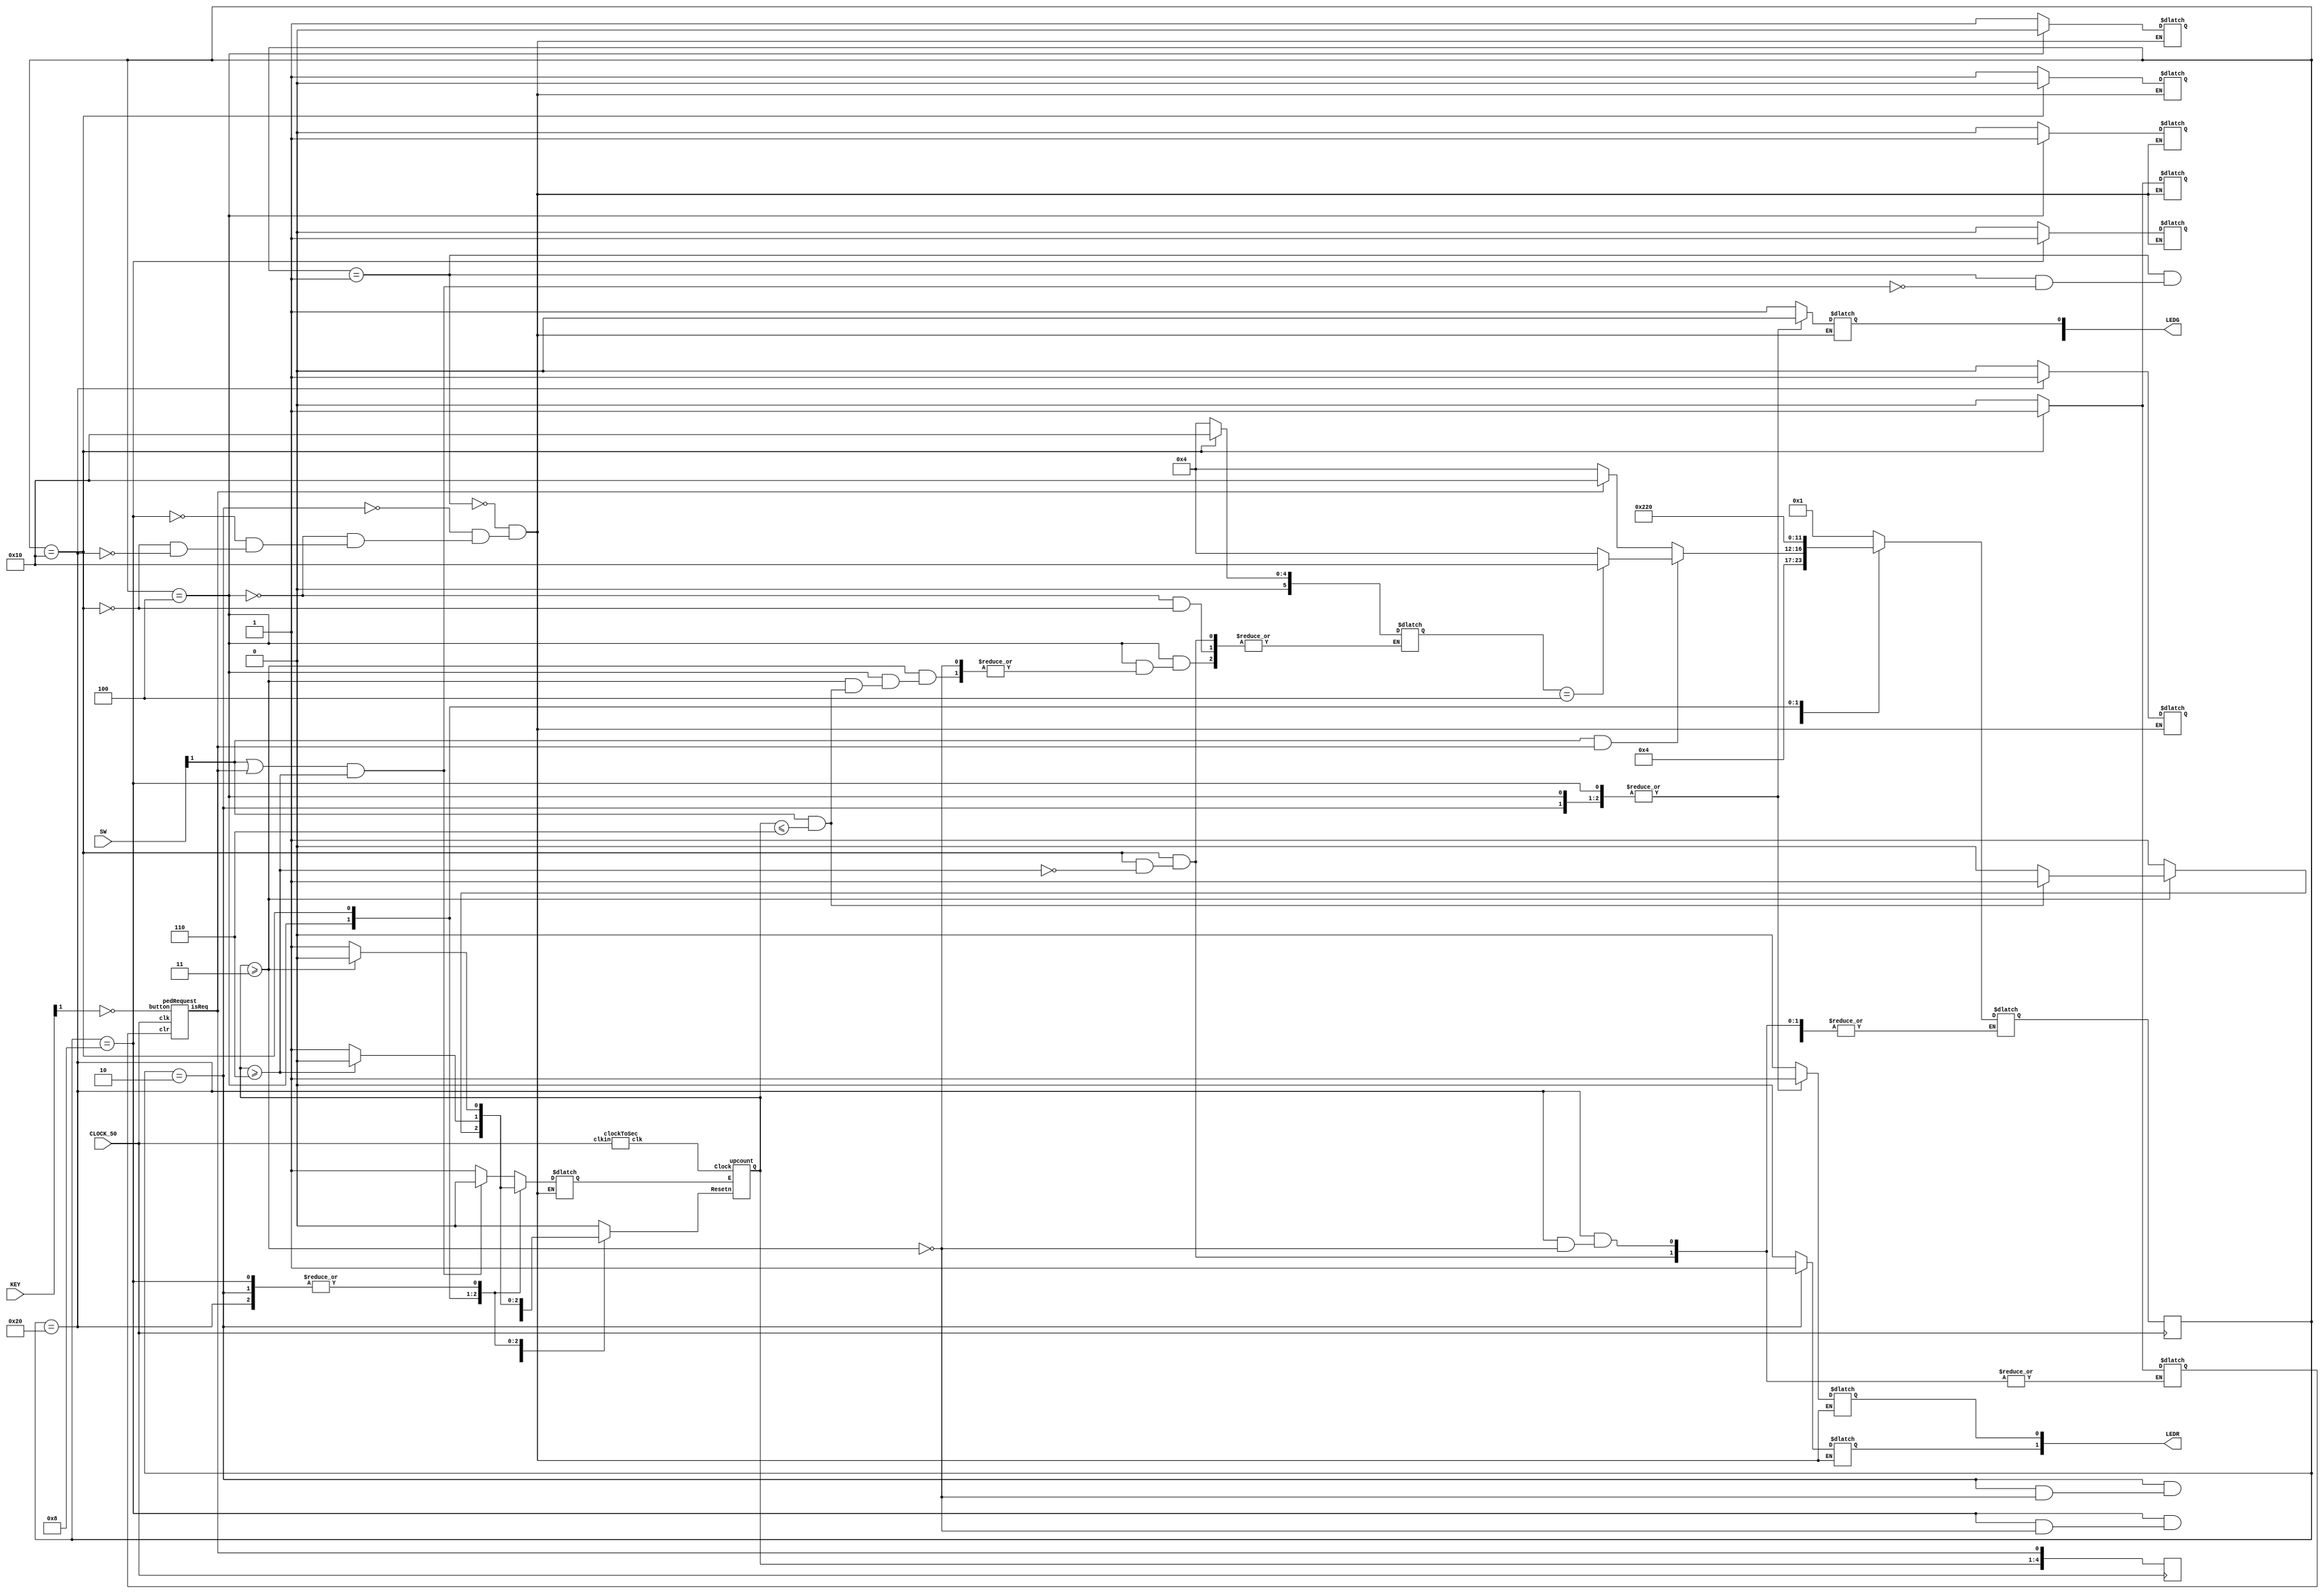
/*
*	EECS 3201
*	Lab 9 Intersection FSM
* 	Daniel Kozlovsky 214874879
* 	November 27 2019
*/
//Yellow and minimum green time
`define T_YELLOW 3
//Maximum green time
`define T_GREEN 6

//Controller/FSM
module Lab9(LEDR, LEDG, SW, KEY, CLOCK_50);
	output reg [17:0] LEDR;//Red and yellow LEDs
	//output [17:14] LEDR;
	output reg [4:0] LEDG;//Green LEDs
	input [0:1] SW, KEY;//Car and pedestrian request sensor
	input CLOCK_50;
	
	
	parameter T_GREEN = `T_GREEN;
	parameter T_YELLOW = `T_YELLOW;
	//Enumerated states -- six in total 
	parameter hwyGreen = 6'b000001, hwyTrans = 6'b000010, secGreen = 6'b000100, secTrans = 6'b001000, pedGreen = 6'b010000, pedTrans = 6'b100000;
	
	//timer control and pedestrian clear
	reg cEnable, cReset, pedClear; 
	//store last serviced state in order to alternate
	reg[5:0] lastServiced;
	
	reg[5:0] state, nextState;
	wire clk, pedReq, car;
	wire[3:0] Q;//counter output
	
	
	
	//1hz clock
	//clock c(clk);
	clockToSec cs(CLOCK_50, clk);
	//assign clk = KEY[1];
	
	//timer 4bit
	upcount uc(cReset, clk, cEnable, Q);
	//pedestrian control
	pedRequest pr(pedReq,CLOCK_50, pedr, pedClear);
	
	assign car = SW[0];//control car request
	
	assign pedr = !KEY[0]; //control pedestrian request
	//initialize idle state
	initial 
	begin
		state = hwyGreen;
		//pedClear = 0;
	end
	
	//sequential block
	always@(posedge CLOCK_50)
	begin
		LEDR[17:14] = Q;
		LEDR[13] = pedReq;
		//next state
		state <= nextState;
		//$display("state: %d, nstate: %d", state, nextState);
	end
	
	//combinational block; relies on state change, car or ped request, or counter change
	always@(state, car, pedReq, Q)
	begin
		case (state)
			hwyGreen: begin //highway is green -- "idle state"
				//make sure timer is working
				cReset = 1;
				
				cEnable = 1;
				
				pedClear = 0;
				//debug
				$display("%d: counter: %d; hwyGreen", $time, Q);
				//outputs
				//Highway should be green, all others red
				//greens
				LEDG[0] = 1;//hwy
				LEDG[2] = 0;//secondary
				LEDG[4] = 0;//pedestrian
				//reds/yellows
				LEDR[0] = 0;//hwy red
				LEDR[1] = 0;//+hwy yellow
				
				LEDR[4] = 1;//secondary red
				LEDR[5] = 0;//secondary yellow
				
				LEDR[8] = 1;//pedestrian red
				LEDR[9] = 0;//pedestrian yellow;
				
				//change state if a request has been made and the minimum green has passed
				if((car || pedReq) && Q >= T_GREEN)
				begin
					nextState = hwyTrans;//change to yellow light transistional state
					//reset timer for next state
					cReset = 0;
					cEnable = 0;
				end
			end
			hwyTrans: begin //hwy light turning to yellow
				//make sure timer is working
				cReset = 1;
				cEnable = 1;
				pedClear = 0;
				$display("%d: counter: %d. hwyTrans", $time, Q);//debug
				//outputs-- highway yellow all other red
				//greens
				LEDG[0] = 0;//hwy
				LEDG[2] = 0;//secondary
				LEDG[4] = 0;//pedestrian
				//reds/yellows
				LEDR[0] = 1;//hwy red
				LEDR[1] = 1;//+hwy yellow
				
				LEDR[4] = 1;//secondary red
				LEDR[5] = 0;//+secondary yellow
				
				LEDR[8] = 1;//pedestrian red
				LEDR[9] = 0;//+pedestrian yellow;
				
				//wait until yellow is over
				if(Q >= T_YELLOW)
				begin
					if(car && pedReq)//both requested
					begin
						if(lastServiced == secGreen)//alternate between requests if both requested
						begin
							nextState = pedGreen;// next is pedestrian crossing
						end
						else
						begin
							nextState = secGreen;//next is secondary road
						end
					end
					else if(pedReq)//pedestrian requested
					begin
						nextState = pedGreen;//pedestrian crossing
					end
					else //go to secondary if car is still there or not since it was triggered and pedestrian request cannot be cleared
					begin
						nextState = secGreen;//secondary road
					end
				//reset timer for next state
				cReset = 0;
				cEnable = 0;
				end
			end
			secGreen: begin //secondary road is green all other are red
				//make sure timer works
				cReset = 1;
				cEnable = 1;
				pedClear = 0;
				$display("%d: counter: %d. secGreen", $time, Q);
				//outputs--sec green all other red
				//greens
				LEDG[0] = 0;//hwy
				LEDG[2] = 1;//secondary
				LEDG[4] = 0;//pedestrian
				//reds/yellows
				LEDR[0] = 1;//hwy red
				LEDR[1] = 0;//+hwy yellow
				
				LEDR[4] = 0;//secondary red
				LEDR[5] = 0;//secondary yellow
				
				LEDR[8] = 1;//pedestrian red
				LEDR[9] = 0;//pedestrian yellow;
				
				if(Q >= T_YELLOW)//wait for car to pass(minimum green)
				begin
					if(car && (Q <= T_GREEN))//if car is still there and less than max green time
					begin
						//nextState = secGreen;//no change
					end
					else
					begin
						nextState = secTrans;//yellow light state
						lastServiced = secGreen;//record last request
						//reset timer for next state
						cReset = 0;
						cEnable = 0;
					end
				
				end
			end
			secTrans: begin //transition for secondary road
				cReset = 1;
				cEnable = 1;
				pedClear = 0;
				$display("%d: counter: %d. secTrans", $time, Q);
				//outputs--sec yellow all other red
				//greens
				LEDG[0] = 0;//hwy
				LEDG[2] = 0;//secondary
				LEDG[4] = 0;//pedestrian
				//reds/yellows
				LEDR[0] = 1;//hwy red
				LEDR[1] = 0;//+hwy yellow
				
				LEDR[4] = 1;//secondary red
				LEDR[5] = 1;//secondary yellow
				
				LEDR[8] = 1;//pedestrian red
				LEDR[9] = 0;//pedestrian yellow;
				
				
				if(Q >= T_YELLOW)//wait for yellow to finish
				begin
					//go to highway (idle/default)
					nextState = hwyGreen;
					//reset timer for next state
					cReset = 0;
					cEnable = 0;
				end
			end
			pedGreen: begin //pedestrian crossing
				//make sure timer works
				cReset = 1;
				cEnable = 1;
				$display("%d: counter: %d. pedGreen", $time, Q);
				//outputs--ped green all other red
				//greens
				LEDG[0] = 0;//hwy
				LEDG[2] = 0;//secondary
				LEDG[4] = 1;//pedestrian
				//reds/yellows
				LEDR[0] = 1;//hwy red
				LEDR[1] = 0;//+hwy yellow
				
				LEDR[4] = 1;//secondary red
				LEDR[5] = 0;//secondary yellow
				
				LEDR[8] = 0;//pedestrian red
				LEDR[9] = 0;//pedestrian yellow;
				
				
				if(Q >= T_GREEN) //wait for max green time
				begin
					//transition
					nextState = pedTrans;//turn light yellow
					lastServiced = pedGreen;//record last request
					pedClear = 1; //clear pedestrian request
					//reset timer for next state
					cReset = 0;
					cEnable = 0;
				end
			end
			pedTrans: begin //pedestrain yellow
				//make sure timer works
				cReset = 1;
				cEnable = 1;
				$display("%d: counter: %d. pedTrans", $time, Q);
				//outputs--pedestrian yellow all other red
				//greens
				LEDG[0] = 0;//hwy
				LEDG[2] = 0;//secondary
				LEDG[4] = 0;//pedestrian
				//reds/yellows
				LEDR[0] = 1;//hwy red
				LEDR[1] = 0;//+hwy yellow
				
				LEDR[4] = 1;//secondary red
				LEDR[5] = 0;//secondary yellow
				
				LEDR[8] = 1;//pedestrian red
				LEDR[9] = 1;//pedestrian yellow;
				
				if(Q >= T_YELLOW)//wait for yellow time to finish
				begin
					//highway
					nextState = hwyGreen;
					pedClear = 0; //stop pedestrian request clear so it can be requested again
					//reset timer
					cReset = 0;
					cEnable = 0;
				end
			end
			default : begin //safety, set to idle
				cReset = 0;
				pedClear = 0;
				nextState = hwyGreen;
			end
		endcase
	end
endmodule

//pedestrian latch with reset
//has button been pressed?
module pedRequest(isReq,clk, button, clr);
	input button,clr,clk;
	output reg isReq;
	
	always@(posedge clk)
	begin
		if(button)//request
			isReq <= 1;
		if(clr)//clear request
			isReq <= 0;
	end
	
endmodule

//4 bit up counter
module upcount (Resetn, Clock, E, Q);
	input Resetn, Clock, E;
	output reg [3:0] Q;
	always @(negedge Resetn, posedge Clock)
	begin
		if (!Resetn)
			Q <= 0;
		else if (E)
			Q <= Q + 1;

//$display("q: %b, res: %b, clk:%b, e:%b", Q, Resetn, Clock, E);
end
endmodule

module clockToSec(clkin, clk);
input clkin;
output reg clk;
	
integer count;
	always@(posedge clkin)
	begin
		if(count == 50000000)
		begin
			clk <= 1;
			count <= 0;
		end
		else
		begin
			clk <= 0;
			count <= count + 1;
		end
	end
	
endmodule

//1hz clock
module clock(clk);
output clk;
reg tmp;
	always
	begin
		#1
		tmp = 0;
		tmp = 1;
	end
assign clk = tmp;
endmodule